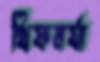
থিফমর্যা